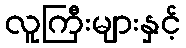
လူကြီးများနှင့်